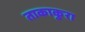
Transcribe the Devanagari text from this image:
ताकाकुरा